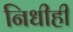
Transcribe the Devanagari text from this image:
निधीही